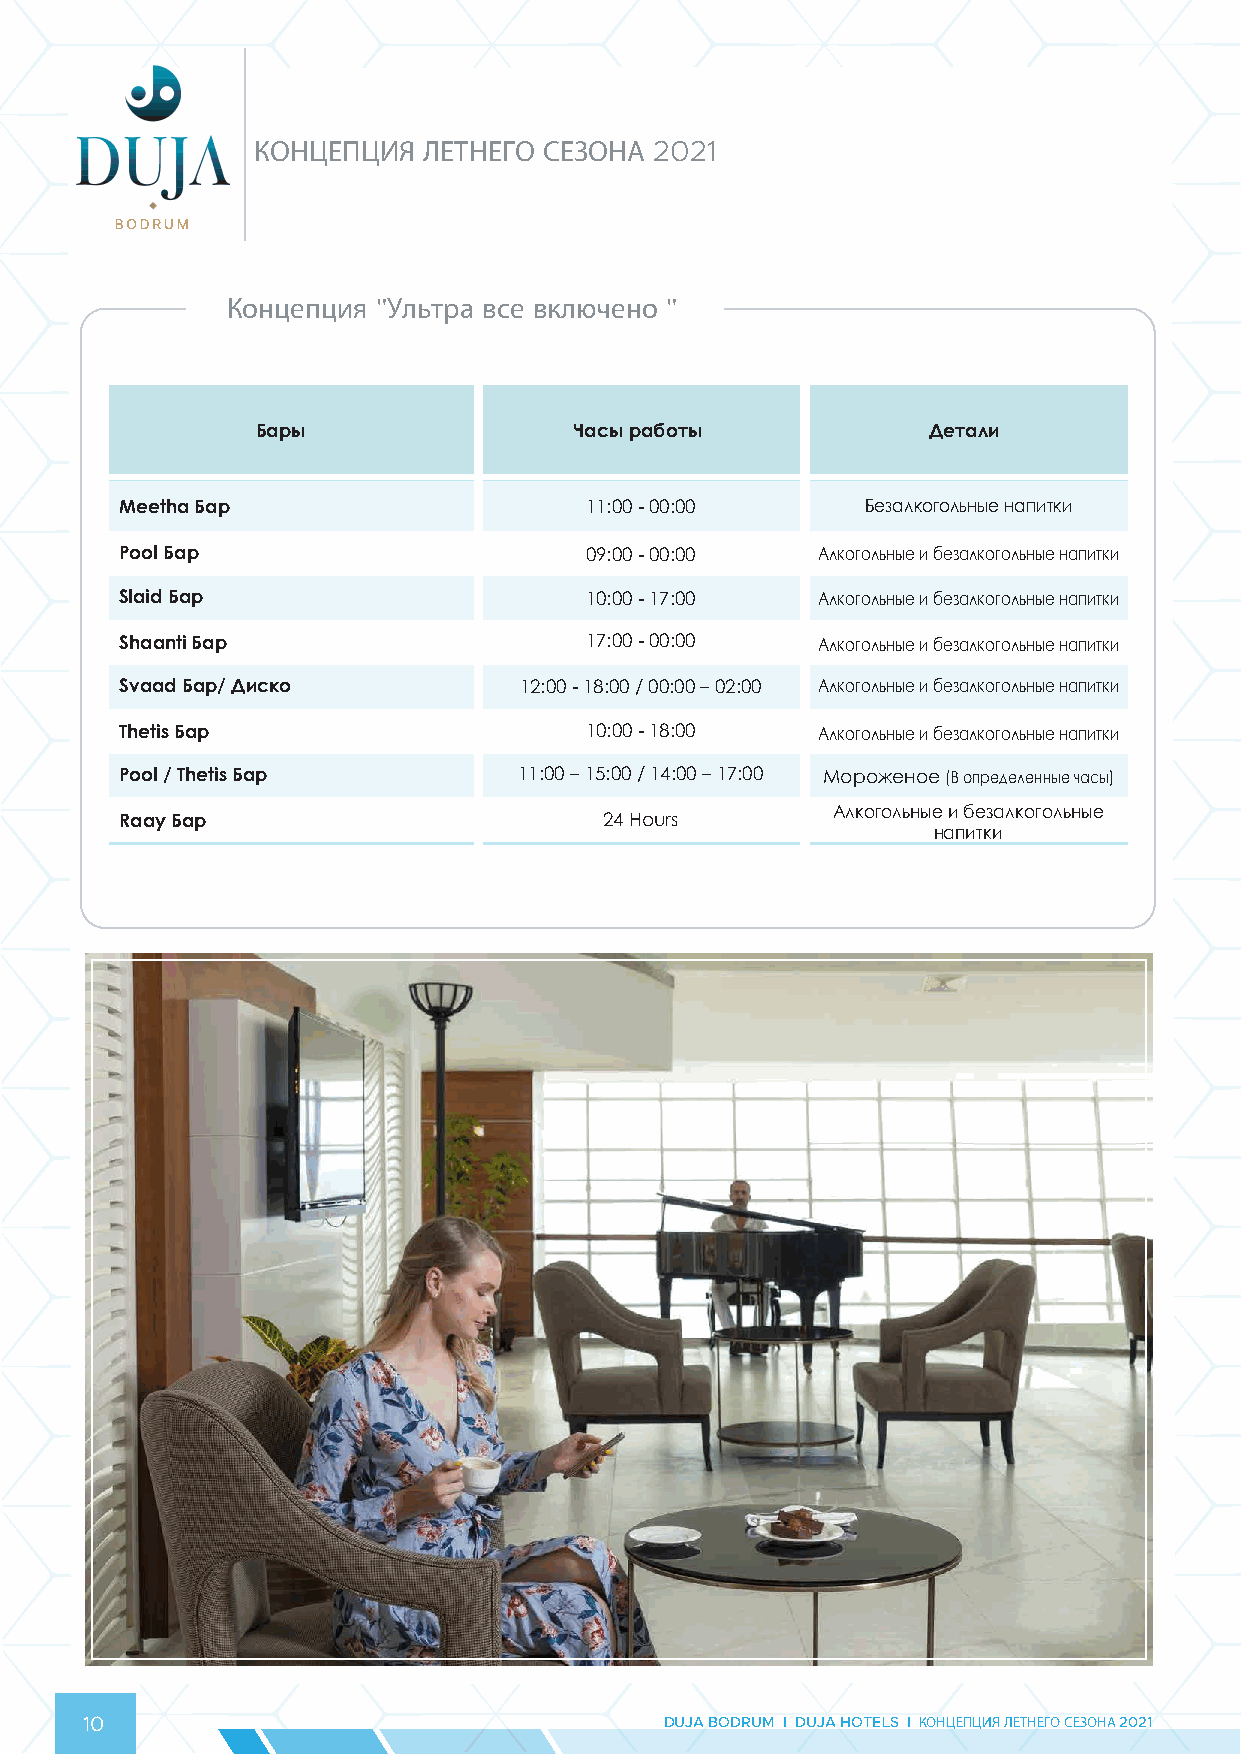
КОНЦЕПЦИЯ  ЛЕТНЕГО СЕЗОНА 2021
 Концепция "Ультра все включено "
 Бары                 Часы работы            Детали
 Meetha Бар                     11:00 - 00:00     Безалкогольные напитки
 Pool Бар                       09:00 - 00:00  Алкогольные и безалкогольные напитки
 Slaid Бар                      10:00 - 17:00  Алкогольные и безалкогольные напитки
 Shaanti Бар                    17:00 - 00:00  Алкогольные и безалкогольные напитки
 Svaad Бар/ Диско          12:00 - 18:00 / 00:00 – 02:00 Алкогольные и безалкогольные напитки
 Thetis Бар                     10:00 - 18:00  Алкогольные и безалкогольные напитки
 Pool / Thetis Бар         11:00 – 15:00 / 14:00 – 17:00 Мороженое (В определенные часы)
 Алкогольные и безалкогольные
 Raay Бар                        24 Hours
 напитки
 10                                     DUJA BODRUM I DUJA HOTELS I КОНЦЕПЦИЯ ЛЕТНЕГО СЕЗОНА 2021